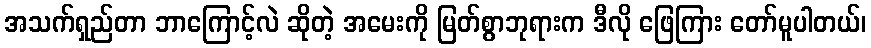
အသက်ရှည်တာ ဘာကြောင့်လဲ ဆိုတဲ့ အမေးကို မြတ်စွာဘုရားက ဒီလို ဖြေကြား တော်မူပါတယ်၊